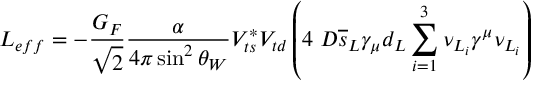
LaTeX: { \cal { L } } _ { e f f } = - { \frac { G _ { F } } { \sqrt { 2 } } } { \frac { \alpha } { 4 \pi \sin ^ { 2 } \theta _ { W } } } V _ { t s } ^ { * } V _ { t d } \left( 4 \ D \overline { { { s } } } _ { L } \gamma _ { \mu } d _ { L } \sum _ { i = 1 } ^ { 3 } \nu _ { L _ { i } } \gamma ^ { \mu } \nu _ { L _ { i } } \right)